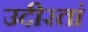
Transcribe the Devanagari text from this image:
उदीरतां